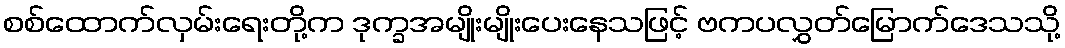
စစ်ထောက်လှမ်းရေးတို့က ဒုက္ခအမျိုးမျိုးပေးနေသဖြင့် ဗကပလွှတ်မြောက်ဒေသသို့